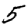
Digit: 5